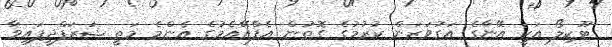
ޓޫކިލޯ އަކީ އޭނާގެ އަގުވަޒަން ކުރުމުގެ ގޮތުން އެފްއޭއެމުގެ އެންމެ މަތީ ޝަރަފްދީފައިވާ